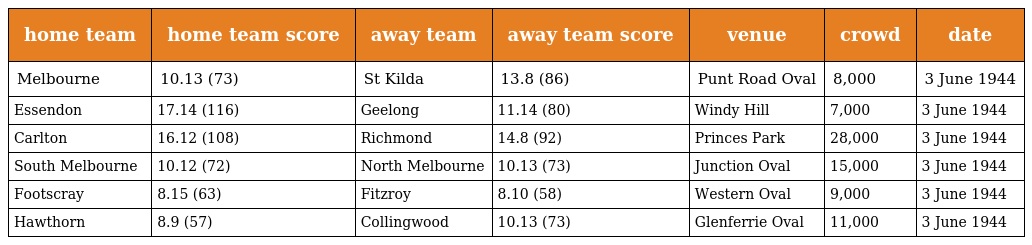
| home team | home team score | away team | away team score | venue | crowd | date |
 | --- | --- | --- | --- | --- | --- | --- |
 | Melbourne | 10.13 (73) | St Kilda | 13.8 (86) | Punt Road Oval | 8,000 | 3 June 1944 |
 | Essendon | 17.14 (116) | Geelong | 11.14 (80) | Windy Hill | 7,000 | 3 June 1944 |
 | Carlton | 16.12 (108) | Richmond | 14.8 (92) | Princes Park | 28,000 | 3 June 1944 |
 | South Melbourne | 10.12 (72) | North Melbourne | 10.13 (73) | Junction Oval | 15,000 | 3 June 1944 |
 | Footscray | 8.15 (63) | Fitzroy | 8.10 (58) | Western Oval | 9,000 | 3 June 1944 |
 | Hawthorn | 8.9 (57) | Collingwood | 10.13 (73) | Glenferrie Oval | 11,000 | 3 June 1944 |